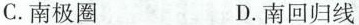
C.南极圈 D.南回归线